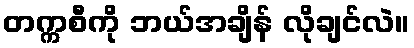
တက္ကစီကို ဘယ်အချိန် လိုချင်လဲ။